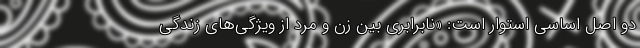
دو اصل اساسی استوار است: «نابرابری بین زن و مرد از ویژگی‌های زندگی